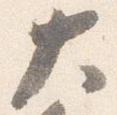
大